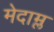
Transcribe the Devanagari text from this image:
मेदाम्ल